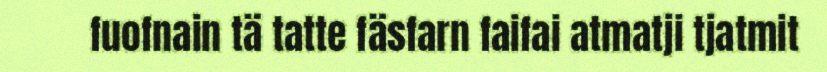
fuofnain tä tatte fäsfarn faifai atmatji tjatmit